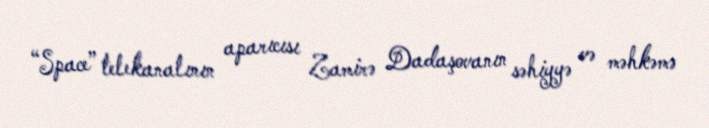
“Space” telekanalının aparıcısı Zamirə Dadaşovanın səhiyyə və məhkəmə